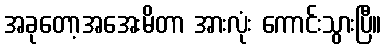
အခုတော့အအေးမိတာ အားလုံး ကောင်းသွားပြီ။